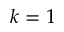
k = 1